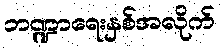
ဘဏ္ဍာရေးနှစ်အလိုက်